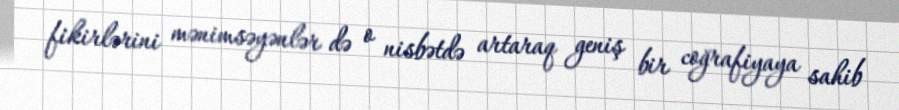
fikirlərini mənimsəyənlər də o nisbətdə artaraq geniş bir coğrafiyaya sahib